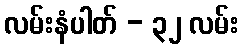
လမ်းနံပါတ် - ၃၂ လမ်း